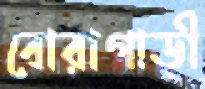
বোরাগাড়ী